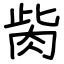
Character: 胔